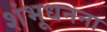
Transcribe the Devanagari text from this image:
शंभूधनना